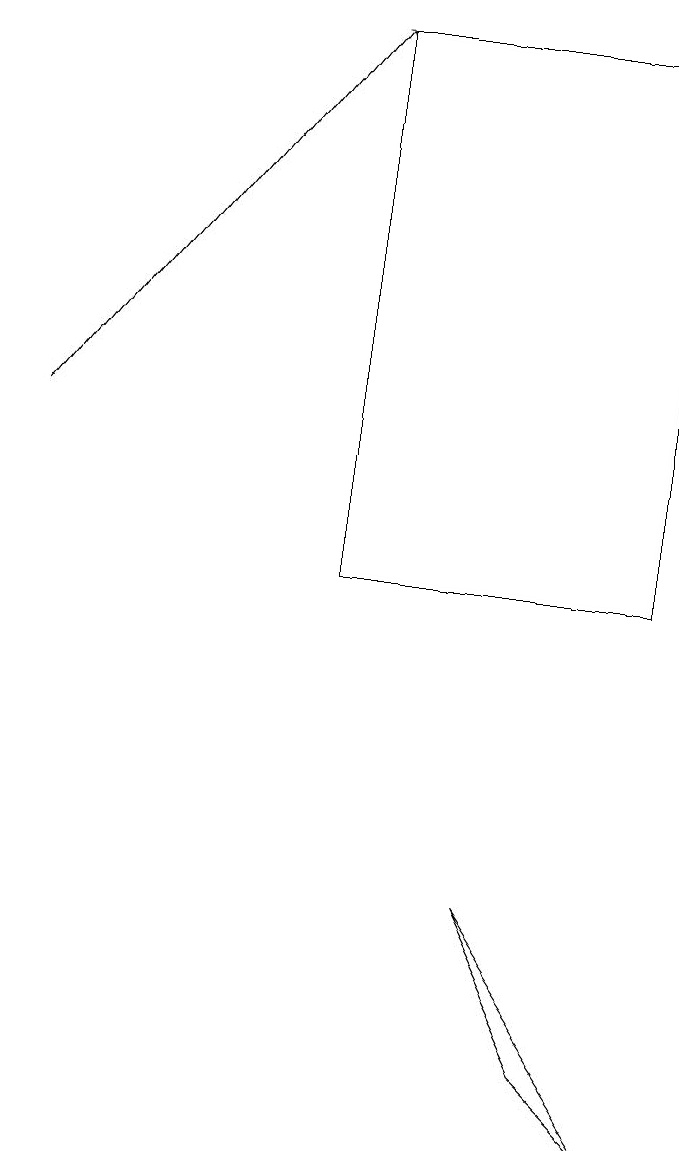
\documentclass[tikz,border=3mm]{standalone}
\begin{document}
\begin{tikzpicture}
\draw (7,7) -- (9,4) -- (8,5) -- cycle;
\draw[->] (1,13) -- (5,18);
\draw (5,18) rectangle (9,11);
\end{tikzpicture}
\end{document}